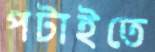
পটাইতে